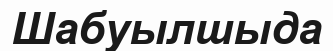
Шабуылшыда